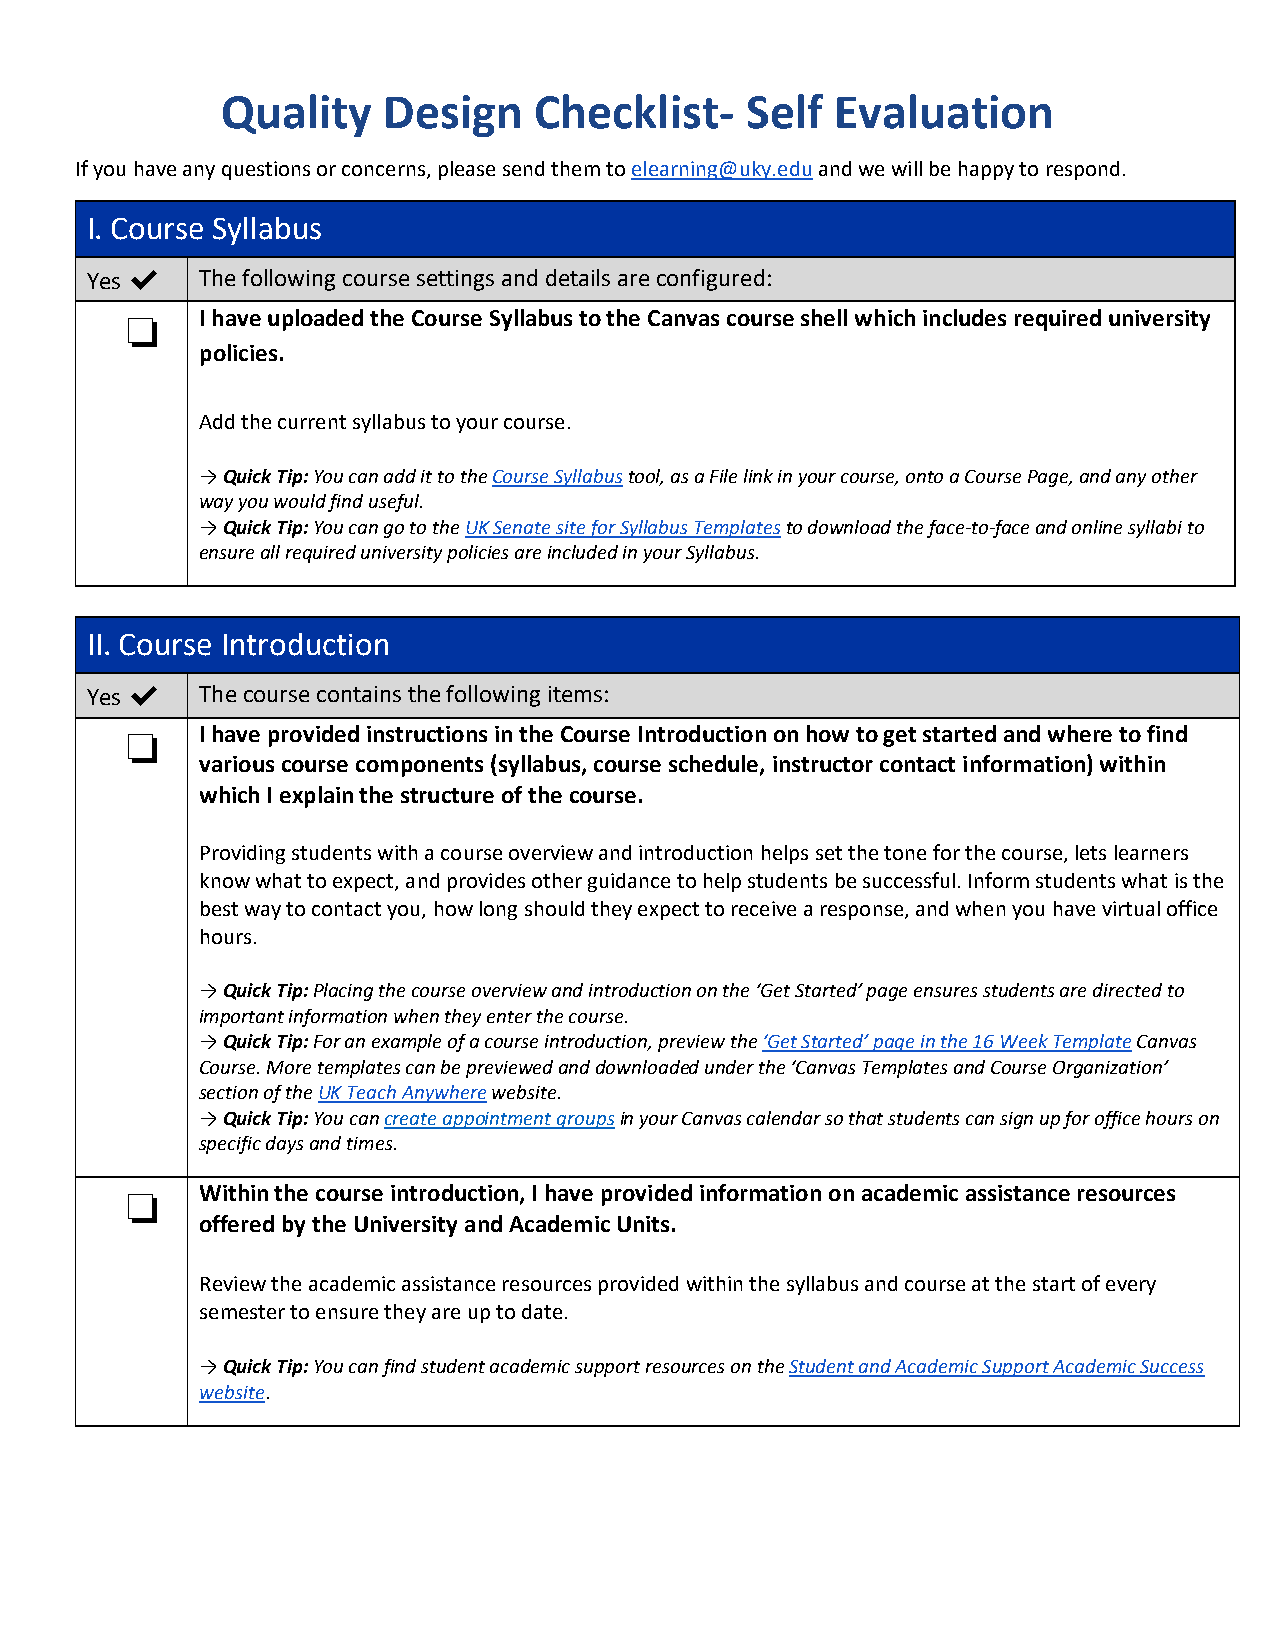
Quality   Design    Checklist-    Self  Evaluation
 If you have any questions or concerns, please send them to elearning@uky.edu and we will be happy to respond.
 I. Course Syllabus
 Yes ✔  The following course settings and details are configured:
 I have uploaded the Course Syllabus to the Canvas course shell which includes required university
 ❏
 policies.
 Add the current syllabus to your course.
 →Quick Tip: You can add it to the Course Syllabus tool, as a File link in your course, onto a Course Page, and any other
 way you would find useful.
 →Quick Tip: You can go to the UK Senate site for Syllabus Templates to download the face-to-face and online syllabi to
 ensure all required university policies are included in your Syllabus.
 II. Course Introduction
 Yes ✔  The course contains the following items:
 I have provided instructions in the Course Introduction on how to get started and where to find
 ❏    various course components (syllabus, course schedule, instructor contact information) within
 which I explain the structure of the course.
 Providing students with a course overview and introduction helps set the tone for the course, lets learners
 know what to expect, and provides other guidance to help students be successful. Inform students what is the
 best way to contact you, how long should they expect to receive a response, and when you have virtual office
 hours.
 →Quick Tip: Placing the course overview and introduction on the ‘Get Started’ page ensures students are directed to
 important information when they enter the course.
 →Quick Tip: For an example of a course introduction, preview the ‘Get Started’ page in the 16 Week Template Canvas
 Course. More templates can be previewed and downloaded under the ‘Canvas Templates and Course Organization’
 section of the UK Teach Anywhere website.
 →Quick Tip: You can create appointment groups in your Canvas calendar so that students can sign up for office hours on
 specific days and times.
 Within the course introduction, I have provided information on academic assistance resources
 ❏    offered by the University and Academic Units.
 Review the academic assistance resources provided within the syllabus and course at the start of every
 semester to ensure they are up to date.
 →Quick Tip: You can find student academic support resources on the Student and Academic Support Academic Success
 website.